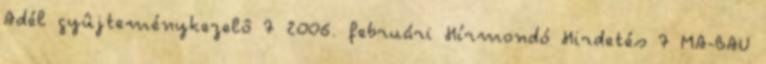
Adél gyûjteménykezelô 7 2006. februári Hírmondó Hirdetés 7 MA-BAU